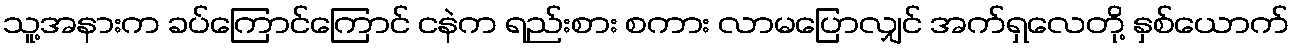
သူ့အနားက ခပ်ကြောင်ကြောင် ငနဲက ရည်းစား စကား လာမပြောလျှင် အက်ရှလေတို့ နှစ်ယောက်